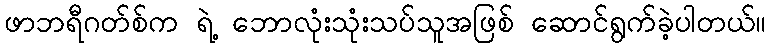
ဖာဘရီဂတ်စ်က ရဲ့ ဘောလုံးသုံးသပ်သူအဖြစ် ဆောင်ရွက်ခဲ့ပါတယ်။